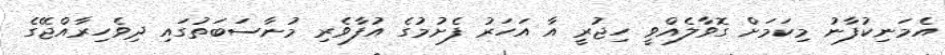
އެމަނިކުފާނު މިކަމަށް ގޮވާލެއްވީ ހިޖުރީ އާ އަހަރު ފެށުމުގެ އުފާވެރި މުނާސަބަތުގައި ދިވެހިރާއްޖޭގެ